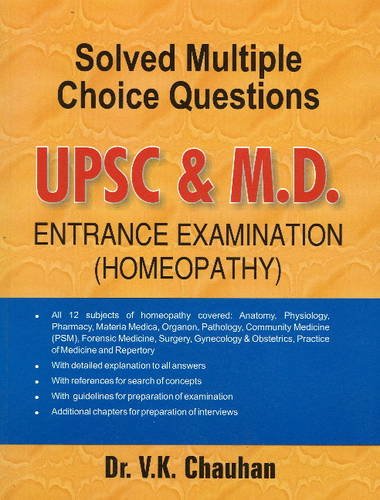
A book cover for Solved Multiple Choice Questions Upsc & M.d. Entrance Examination: All 12 Subjects of Homeopathy Covered: Anatomy, Pathalogy, Community Medicine Psm, ... Gynecology & Obstetrics, Practice of Med; V. K. Chauhan; Health, Fitness & Dieting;